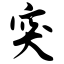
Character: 突